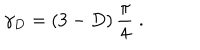
\gamma _ { { D } } = \left( 3 - D \right) \frac { \pi } { 4 } \; .